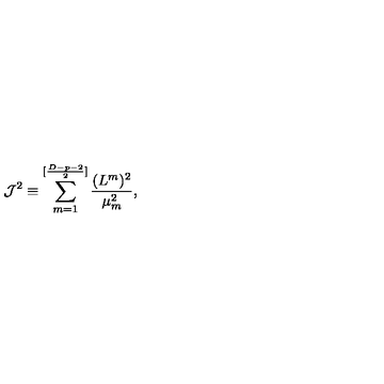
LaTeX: { \cal J } ^ { 2 } \equiv \sum _ { m = 1 } ^ { [ { \frac { D - p - 2 } { 2 } } ] } { \frac { ( L ^ { m } ) ^ { 2 } } { \mu _ { m } ^ { 2 } } } ,